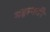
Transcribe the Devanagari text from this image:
महामारि